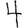
Digit: 4